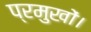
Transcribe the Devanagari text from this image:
प्रमुखों।